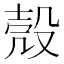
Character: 殼